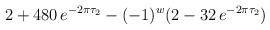
\begin{align*}2+ 480\, e^{-2\pi\tau_2}- (-1)^w (2-32\, e^{-2\pi\tau_2})\end{align*}